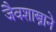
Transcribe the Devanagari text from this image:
जैवशास्त्राने